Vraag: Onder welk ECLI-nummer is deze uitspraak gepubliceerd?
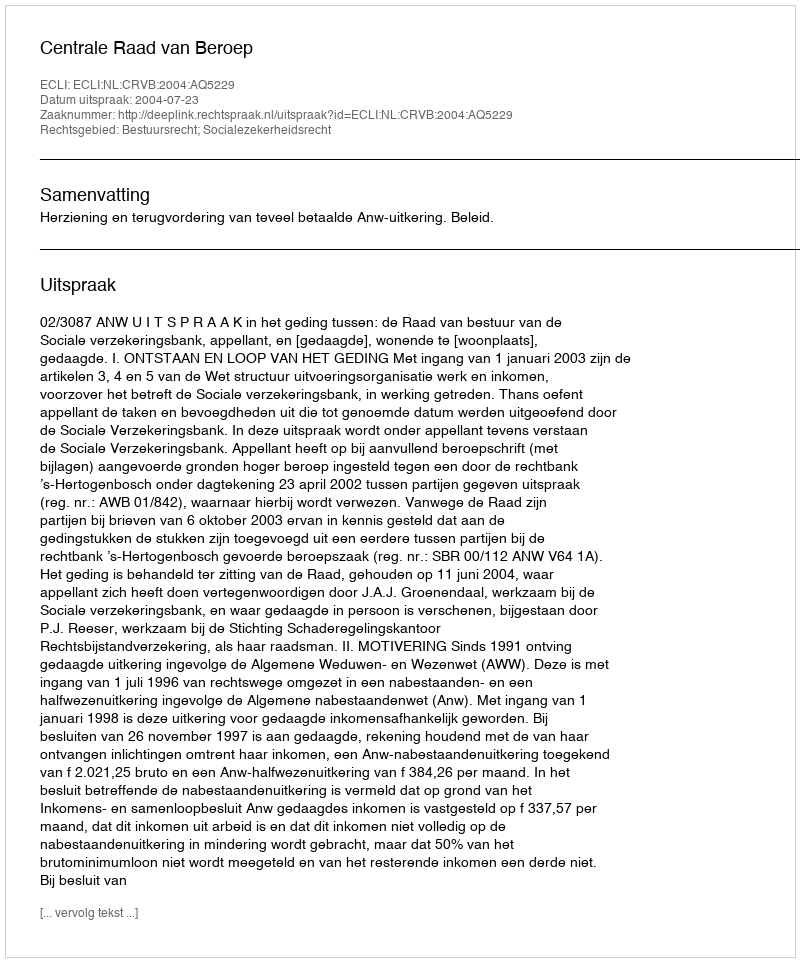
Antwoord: ECLI:NL:CRVB:2004:AQ5229